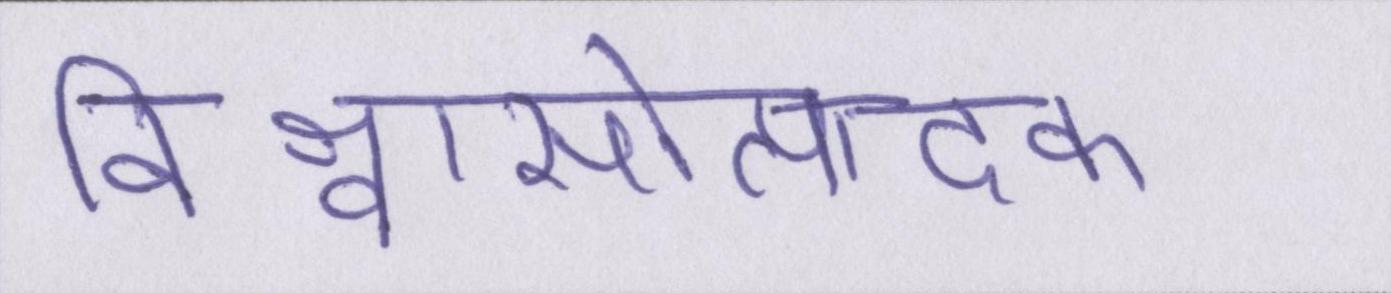
विश्वासोत्पादक